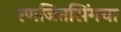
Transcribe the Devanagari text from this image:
रणजितसिंगचा